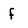
Character: f